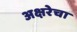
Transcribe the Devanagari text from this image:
अक्षरेचा